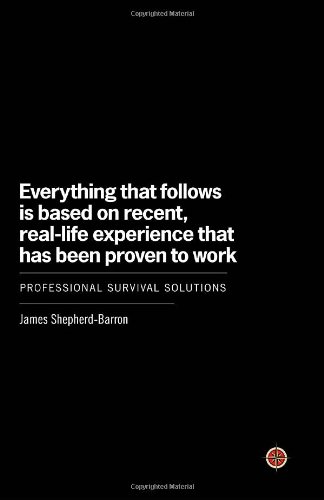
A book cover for Everything That Follows Is Based on Recent, Real-Life Experience That Has Been Proven to Work: Professional Survival Solutions; James Shepherd-Barron; Travel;